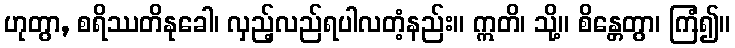
ဟုတွာ, စရိဿတိနုခေါ၊ လှည့်လည်ရပါလတံ့နည်း။ ဣတိ၊ သို့။ စိန္တေတွာ၊ ကြံ၍။